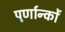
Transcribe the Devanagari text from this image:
पुर्णान्कों